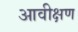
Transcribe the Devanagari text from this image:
आवीक्षण